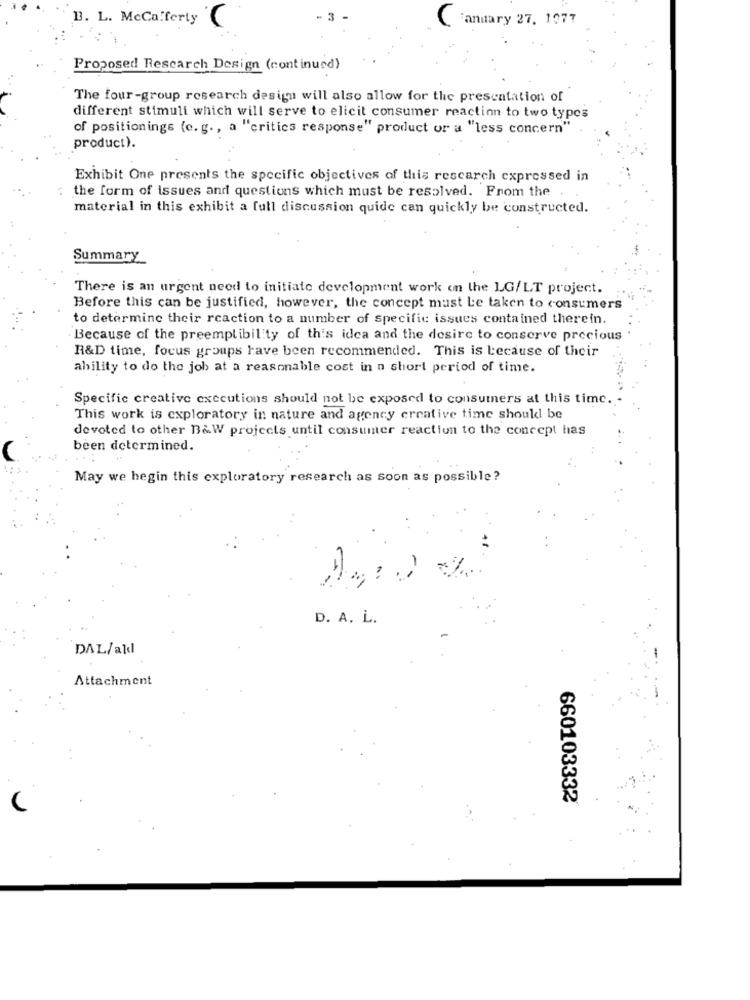
january 27. 1077
B3. L. McCafferty
C
Proposed Rescarch Design (continued)
The four-group research design will also allow for the presentation of
different stimuli which will serve to elicit consumer reaction to two types
of positionings (e. g ., a "critics response" product or a "less concern"
product).
Exhibit One presents the specific objectives of this rescarch expressed in
the form of issues and questions which must be resolved. From the
material in this exhibit a full discussion quide can quickly be constructed.
Summary_
There is an urgent need to initiate development work on the LG/LT project.
Before this can be justified, however, the concept must be taken to consumers
to determine their reaction to a number of specific issues contained therein.
Because of the preemplibility of this idea and the desire to conserve precious
R&D time, focus groups have been recommended. This is because of their
ability to do the job at a reasonable cost in a short period of time.
Specific creative executions should not be exposed to consumers at this time.
This work is exploratory in nature and agency creative time should be
devoted to other B&W projects until consumer reaction to the concept has
been determined.
May we hegin this exploratory research as soon as possible?
D. A. L.
DAL/ald
Attachment
660103332